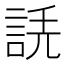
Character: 𧧲